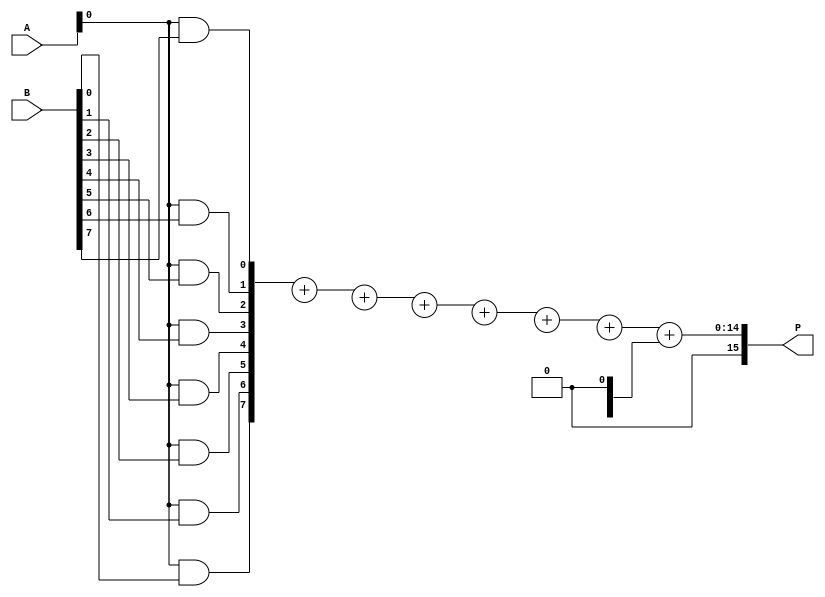
module WallaceTreeMultiplier #(parameter RADIX = 8, parameter WIDTH = 8) (
    input [WIDTH-1:0] A,
    input [WIDTH-1:0] B,
    output [2*WIDTH-1:0] P
);

    wire [WIDTH-1:0] pp[0:RADIX-1];  // Partial products
    wire [2*WIDTH-1:0] sum[0:WIDTH-1]; // Sum wires for reduction tree

    // Generate Partial Products
    generate
        genvar i, j;
        for (i = 0; i < WIDTH; i = i + 1) begin: pp_gen
            for (j = 0; j < RADIX; j = j + 1) begin: bit_mult
                if (i*RADIX + j < WIDTH) begin
                    assign pp[j][i] = A[i] & B[j];
                end
            end
        end
    endgenerate

    // Reduction Tree Logic
    generate
        for (i = 0; i < WIDTH; i = i + 1) begin: reduction_tree
            if (i == 0) begin
                assign sum[i] = {pp[0][i], pp[1][i], pp[2][i], pp[3][i], pp[4][i], pp[5][i], pp[6][i], pp[7][i]};
            end else begin
                // Example of a simple adder tree (can be optimized further)
                assign sum[i] = sum[i-1] + {pp[0][i], pp[1][i], pp[2][i], pp[3][i], pp[4][i], pp[5][i], pp[6][i], pp[7][i]};
            end
        end
    endgenerate

    // Final Sum
    assign P = sum[WIDTH-1];

endmodule